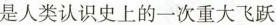
是人类认识史上的一次重大飞跃